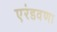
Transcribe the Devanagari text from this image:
एरंडवणा